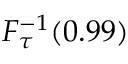
F _ { \tau } ^ { - 1 } ( 0 . 9 9 )